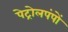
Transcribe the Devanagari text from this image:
पेट्रोलपंपों